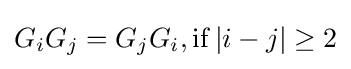
G_{i}G_{j}=G_{j}G_{i},\mathrm {if} \left\vert i-j\right\vert \geq 2